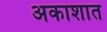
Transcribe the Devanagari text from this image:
अकाशात